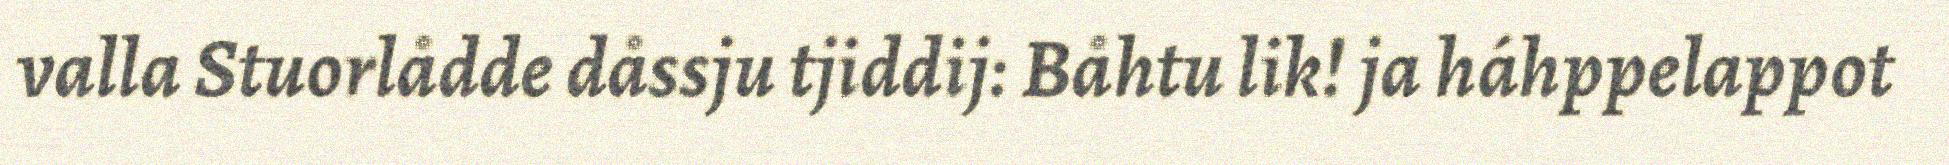
valla Stuorlådde dåssju tjiddij: Båhtu lik! ja háhppelappot